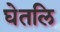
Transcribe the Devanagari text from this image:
घेतलि